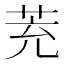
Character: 茺